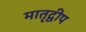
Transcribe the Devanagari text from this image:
मातृद्वीप